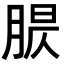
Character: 𦝈